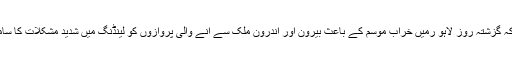
بتایاگیا ہے کہ گزشتہ روز لاہو رمیں خراب موسم کے باعث بیرون اور اندرون ملک سے آنے والی پروازوں کو لینڈنگ میں شدید مشکلات کا سامنا کرنا پڑا ۔